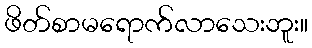
ဖိတ်စာမရောက်လာသေးဘူး။